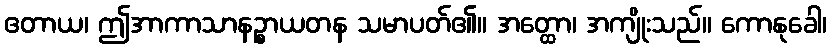
ဧတာယ၊ ဤအာကာသာနဉ္စာယတန သမာပတ်၏။ အတ္ထော၊ အကျိုးသည်။ ကောနုခေါ၊